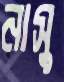
নাসু